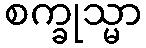
စက္ခုသ္မာ